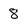
Character: 8